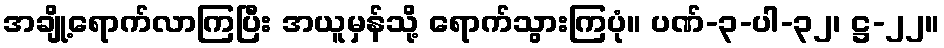
အချို့ရောက်လာကြပြီး အယူမှန်သို့ ရောက်သွားကြပုံ။ ပဏ်-၃-ပါ-၃၂၊ ဋ္ဌ-၂၂။